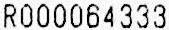
R000064333